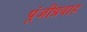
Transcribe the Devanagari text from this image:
पूंजीप्रवाह